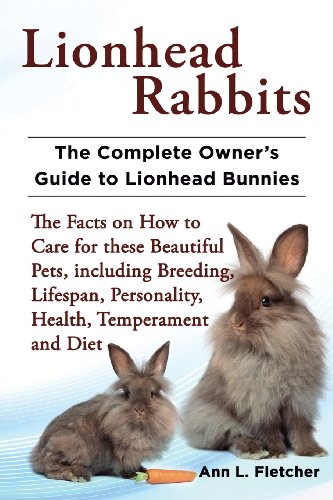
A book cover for Lionhead Rabbits The Complete Owner's Guide to Lionhead Bunnies The Facts on How to Care for these Beautiful Pets, including Breeding, Lifespan, Personality, Health, Temperament and Diet; Ann L. Fletcher; Crafts, Hobbies & Home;